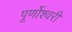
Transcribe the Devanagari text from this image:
पूर्णोश्वरी